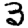
Digit: 3